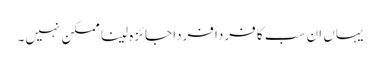
یہاں ان سب کا فرداً فرداً جائزہ لینا ممکن نہیں۔